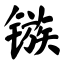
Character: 镞